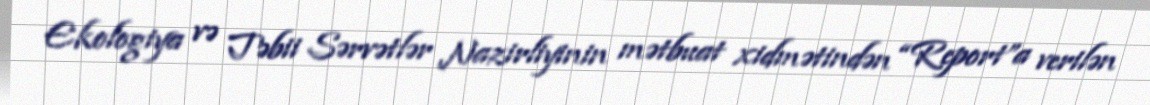
Ekologiya və Təbii Sərvətlər Nazirliyinin mətbuat xidmətindən “Report”a verilən